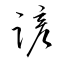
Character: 諺